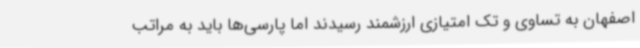
اصفهان به تساوی و تک امتیازی ارزشمند رسیدند اما پارسی‌ها باید به مراتب